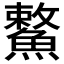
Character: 𩺾